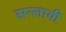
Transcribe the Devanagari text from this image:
सन्लायी